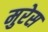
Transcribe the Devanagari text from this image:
मुरेस